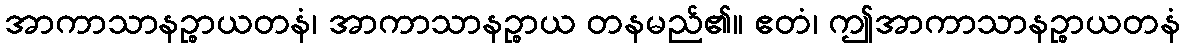
အာကာသာနဉ္စာယတနံ၊ အာကာသာနဉ္စာယ တနမည်၏။ ဧတံ၊ ဤအာကာသာနဉ္စာယတနံ